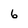
Character: 6